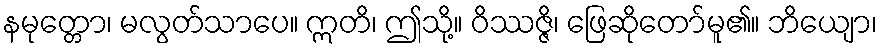
နမုတ္တော၊ မလွတ်သာပေ။ ဣတိ၊ ဤသို့။ ဝိဿဇ္ဇိ၊ ဖြေဆိုတော်မူ၏။ ဘိယျော၊